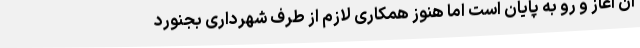
آن آغاز و رو به پایان است اما هنوز همکاری لازم از طرف شهرداری بجنورد